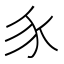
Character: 𧰨